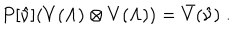
LaTeX: P [ \hat { \nu } ] ( V ( \Lambda ) \otimes V ( \Lambda ) ) = \bar { V } ( \hat { \nu } ) \; .